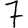
Digit: 7